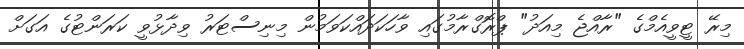
މިރޭ ޓީވީއެމްގެ "ރާއްޖެ މިއަދު" ޕްރޮގްރާމުގައި ވާހަކަދައްކަވަމުން މިނިސްޓަރު ވިދާޅުވީ ކަރަންޓުގެ އަގަށް